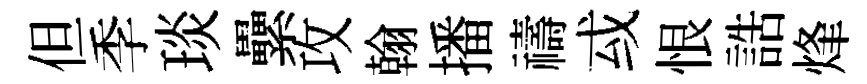
但季琰纍攻翰播禱㦯恨誥烽